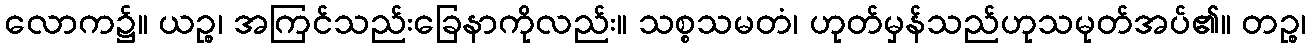
လောက၌။ ယဉ္စ၊ အကြင်သည်းခြေနာကိုလည်း။ သစ္စသမတံ၊ ဟုတ်မှန်သည်ဟုသမုတ်အပ်၏။ တဉ္စ၊